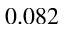
0 . 0 8 2